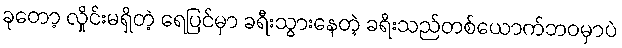
ခုတော့ လှိုင်းမရှိတဲ့ ရေပြင်မှာ ခရီးသွားနေတဲ့ ခရီးသည်တစ်ယောက်ဘဝမှာပဲ